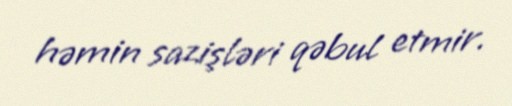
həmin sazişləri qəbul etmir.